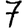
Digit: 7